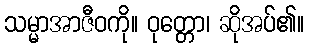
သမ္မာအာဇီဝကို။ ဝုတ္တော၊ ဆိုအပ်၏။